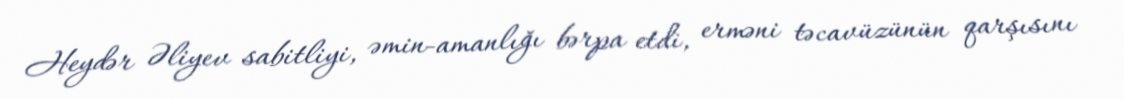
Heydər Əliyev sabitliyi, əmin-amanlığı bərpa etdi, erməni təcavüzünün qarşısını